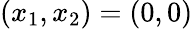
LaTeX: (x_{1},x_{2})=(0,0)